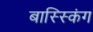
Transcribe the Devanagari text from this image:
बास्स्किंग